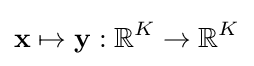
\mathbf {x} \mapsto \mathbf {y} :\mathbb {R} ^{K}\to \mathbb {R} ^{K}